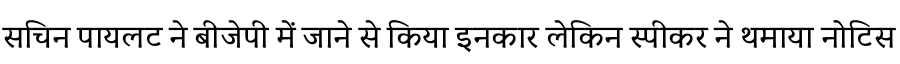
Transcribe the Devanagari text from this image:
सचिन पायलट ने बीजेपी में जाने से किया इनकार लेकिन स्पीकर ने थमाया नोटिस